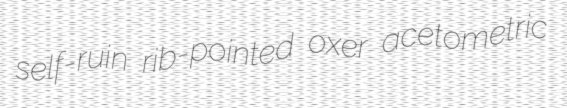
self-ruin rib-pointed oxer acetometric